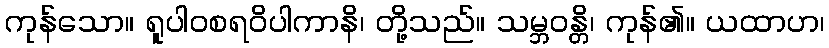
ကုန်သော။ ရူပါဝစရဝိပါကာနိ၊ တို့သည်။ သမ္ဘဝန္တိ၊ ကုန်၏။ ယထာဟ၊